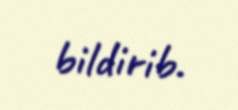
bildirib.